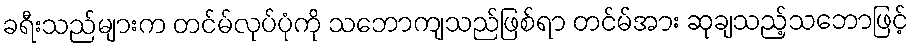
ခရီးသည်များက တင်မ်လုပ်ပုံကို သဘောကျသည်ဖြစ်ရာ တင်မ်အား ဆုချသည့်သဘောဖြင့်